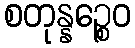
စတုန္နဉ္စေဝ